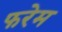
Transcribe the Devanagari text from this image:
फरेम